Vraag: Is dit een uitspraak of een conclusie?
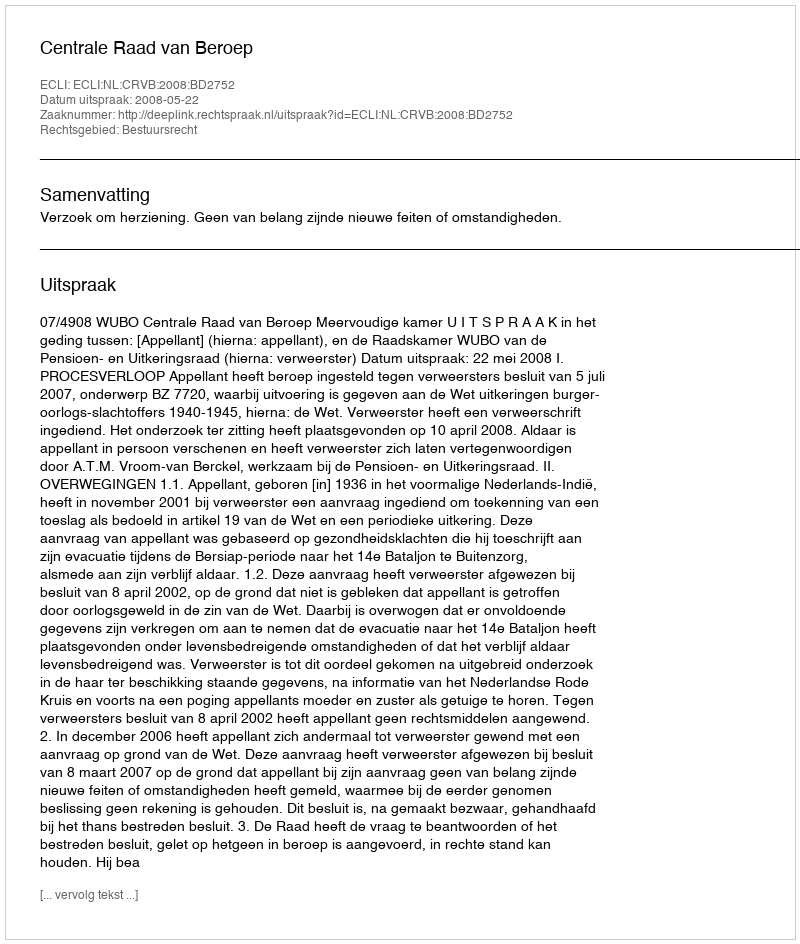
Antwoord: Uitspraak